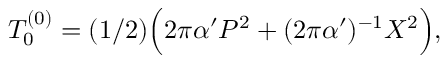
T _ { 0 } ^ { ( 0 ) } = ( 1 / 2 ) \Bigl ( 2 \pi \alpha ^ { \prime } P ^ { 2 } + ( 2 \pi \alpha ^ { \prime } ) ^ { - 1 } X ^ { 2 } \Bigr ) ,